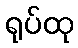
ရုပ်ထု